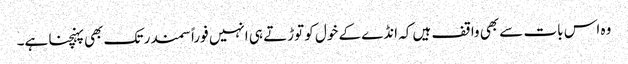
وہ اس بات سے بھی واقف ہیں کہ انڈے کے خول کو توڑتے ہی انہیں فوراً سمندر تک بھی پہنچنا ہے۔